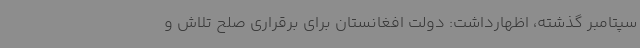
سپتامبر گذشته، اظهارداشت: دولت افغانستان برای برقراری صلح تلاش و